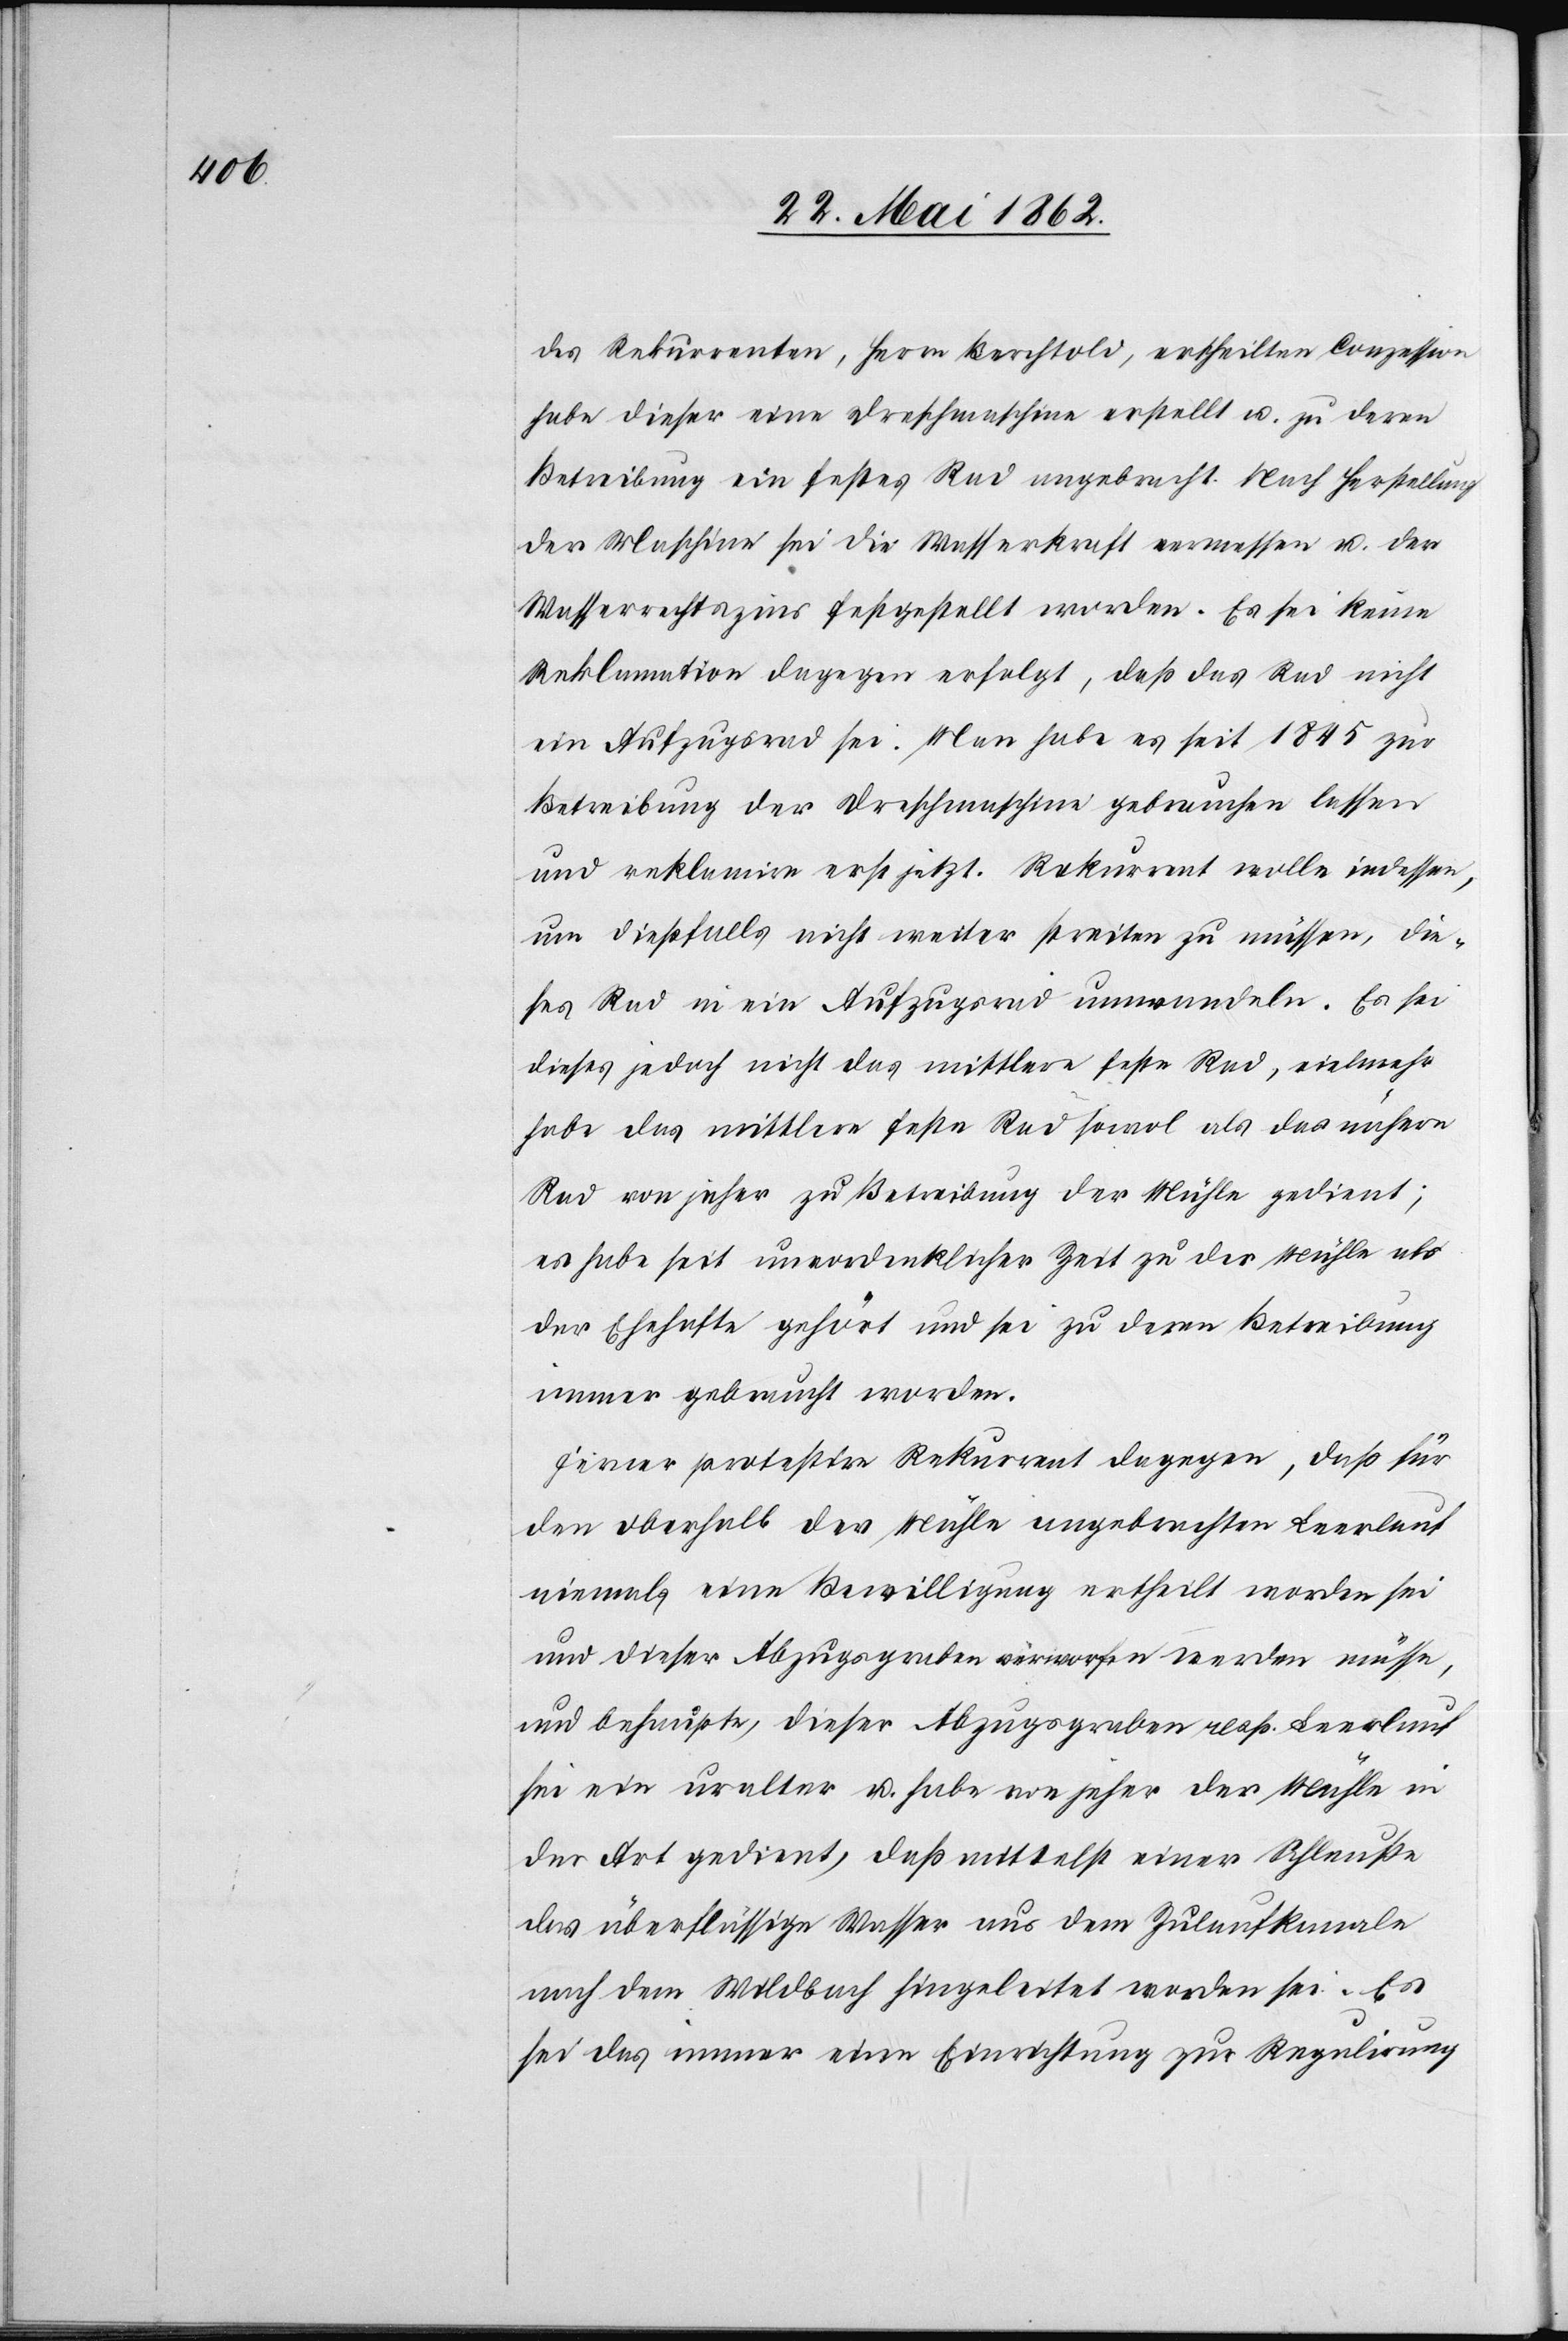
des Rekurrenten, Herrn Berchtold, ertheilten Conzession
habe dieser eine Drehmaschine erstellt u. zu deren
Betreibung ein festes Rad angebracht. Nach Herstellung
der Maschine sei die Wasserkraft ermessen u. der
Wasserrechtszins festgestellt worden. Es sei keine
Reklamation dagegen erfolgt, daß das Rad nicht
ein Aufzugsrad sei. Man habe es seit 1845 zur
Betreibung der Drehmaschine gebrauchen lassen
und reklamire erst jetzt. Rekurrent wolle indessen,
um dießfalls nicht weiter streiten zu müssen, die¬
ses Rad in ein Aufzugsrad umwandeln. Es sei
dieses jedoch nicht das mittlere feste Rad, vielmehr
habe das mittlere feste Rad sowol als das nähere
Rad von jeher zu Betreibung der Mühle gedient;
es habe seit unvordenklicher Zeit zu der Mühle als
der Ehehafte gehört und sei zu deren Betreibung
immer gebraucht worden.
Ferner protestire Rekurrent dagegen, daß für
den oberhalb der Mühle angebrachten Leerlauf
niemals eine Bewilligung ertheilt worden sei
und dieser Abzugsgraben verworfen werden müsse,
und behaupte, dieser Abzugsgraben resp. Leerlauf
sei ein uralter u. habe von jeher der Mühle in
der Art gedient, daß mittelst einer Schleuße
das überflüssige Wasser aus dem Zulaufkanale
nach dem Wildbach hingeleitet worden sei. Es
sei das immer eine Einrichtung zur Regulirung